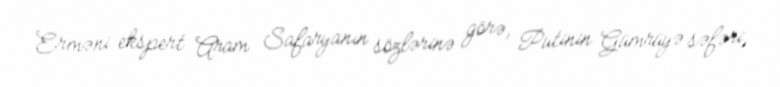
Erməni ekspert Aram Safaryanın sözlərinə görə, Putinin Gümrüyə səfəri,